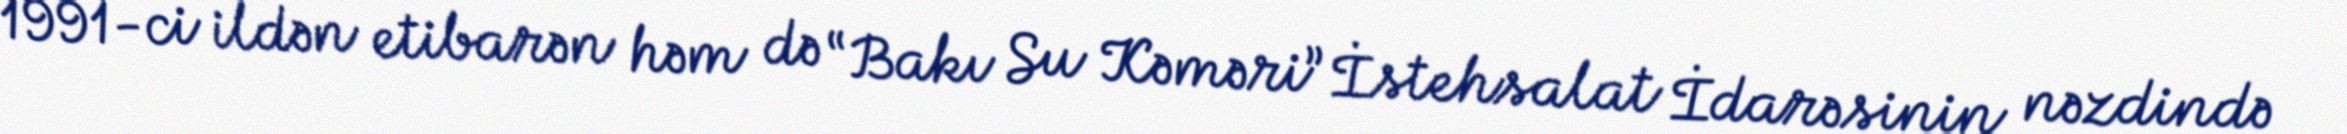
1991-ci ildən etibarən həm də “Bakı Su Kəməri” İstehsalat İdarəsinin nəzdində